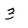
Character: 3